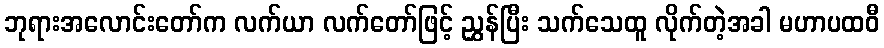
ဘုရားအလောင်းတော်က လက်ယာ လက်တော်ဖြင့် ညွှန်ပြီး သက်သေထူ လိုက်တဲ့အခါ မဟာပထဝီ